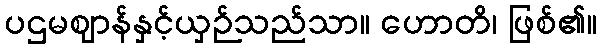
ပဌမဈာန်နှင့်ယှဉ်သည်သာ။ ဟောတိ၊ ဖြစ်၏။